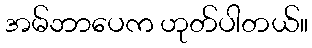
အမ်ဘာပေက ဟုတ်ပါတယ်။